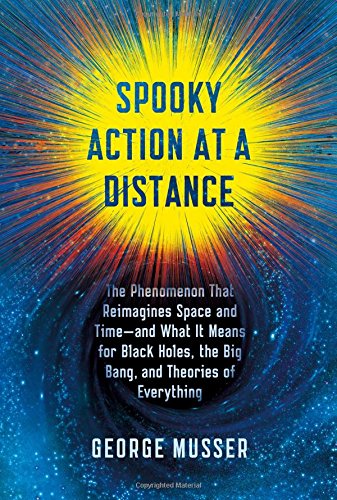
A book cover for Spooky Action at a Distance: The Phenomenon That Reimagines Space and Time--and What It Means for Black Holes, the Big Bang, and Theories of Everything; George Musser; Science & Math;